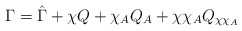
\begin{align*} \Gamma = \hat{\Gamma} + \chi Q + \chi_A Q_A + \chi \chi_A Q_{\chi \chi_A}\end{align*}